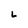
Character: L